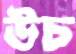
উচ